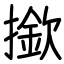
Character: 撳